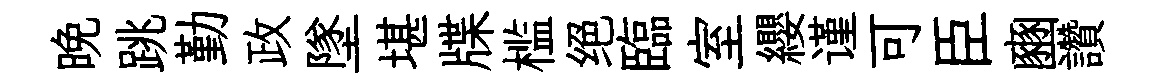
晚跳勤政墜堪牒槛绝臨室纓谨可臣豳讚